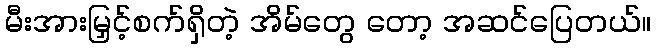
မီးအားမြှင့်စက်ရှိတဲ့ အိမ်တွေ တော့ အဆင်ပြေတယ်။